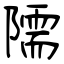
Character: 隭